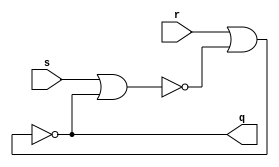
module sr_latch(
    input s,
    input r,
    output q
    );

    wire nq;

    assign q = !(r|nq);
    assign nq = !(s|q);

endmodule

/*
Resource Usage: 1 LE
*/